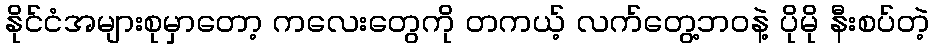
နိုင်ငံအများစုမှာတော့ ကလေးတွေကို တကယ့် လက်တွေ့ဘဝနဲ့ ပိုမို နီးစပ်တဲ့